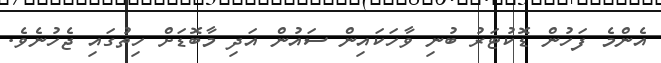
އެންމެ ފަހުން ޑޮކުޓަރު ބުނި ވާހަކައިން ސައުން އަދި މާބޮޑަށް ހިތުގައި ޖެހުނެވެ.